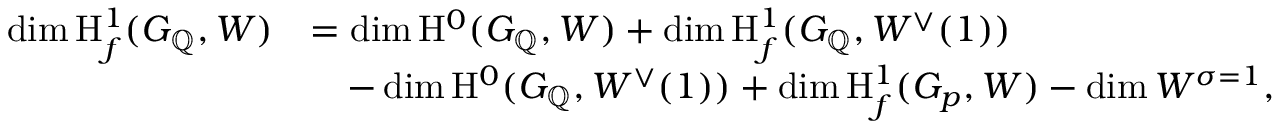
\begin{array} { r l } { \dim \mathrm H _ { f } ^ { 1 } ( G _ { \mathbb Q } , W ) } & { = \dim \mathrm H ^ { 0 } ( G _ { \mathbb Q } , W ) + \dim \mathrm H _ { f } ^ { 1 } ( G _ { \mathbb Q } , W ^ { \vee } ( 1 ) ) } \\ & { \quad - \dim \mathrm H ^ { 0 } ( G _ { \mathbb Q } , W ^ { \vee } ( 1 ) ) + \dim \mathrm H _ { f } ^ { 1 } ( G _ { p } , W ) - \dim W ^ { \sigma = 1 } , } \end{array}